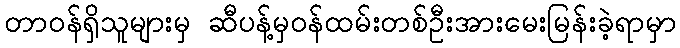
တာဝန်ရှိသူများမှ ဆီပန့်မှဝန်ထမ်းတစ်ဦးအားမေးမြန်းခဲ့ရာမှာ